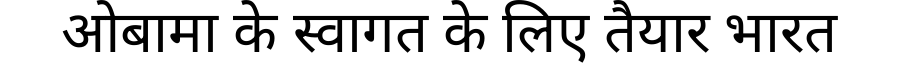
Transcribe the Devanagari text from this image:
ओबामा के स्वागत के लिए तैयार भारत